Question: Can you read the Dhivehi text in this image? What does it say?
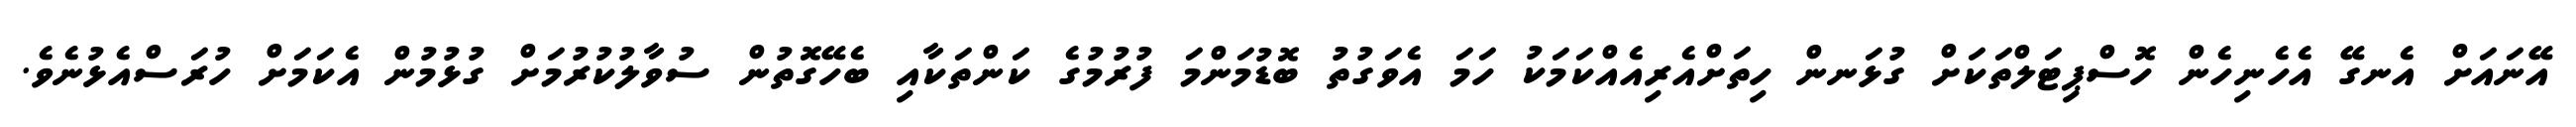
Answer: އޭނައަށް އެނގޭ އެހެނިހެން ހޮސްޕިޓަލްތަކަށް ގުޅަނން ހިތަށްއެރިއެއްކަމަކު ހަމަ އެވަގުތު ބޮޑުމަންމަ ފުރުމުގެ ކަންތަކާއި ބެހޭގޮތުން ސުވާލުކުރުމަށް ގުޅުމުން އެކަމަށް ހުރަސްއެޅުނެވެ.